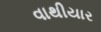
વાથીયાર